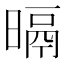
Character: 㬏